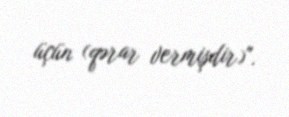
üçün (qərar vermişdir)".